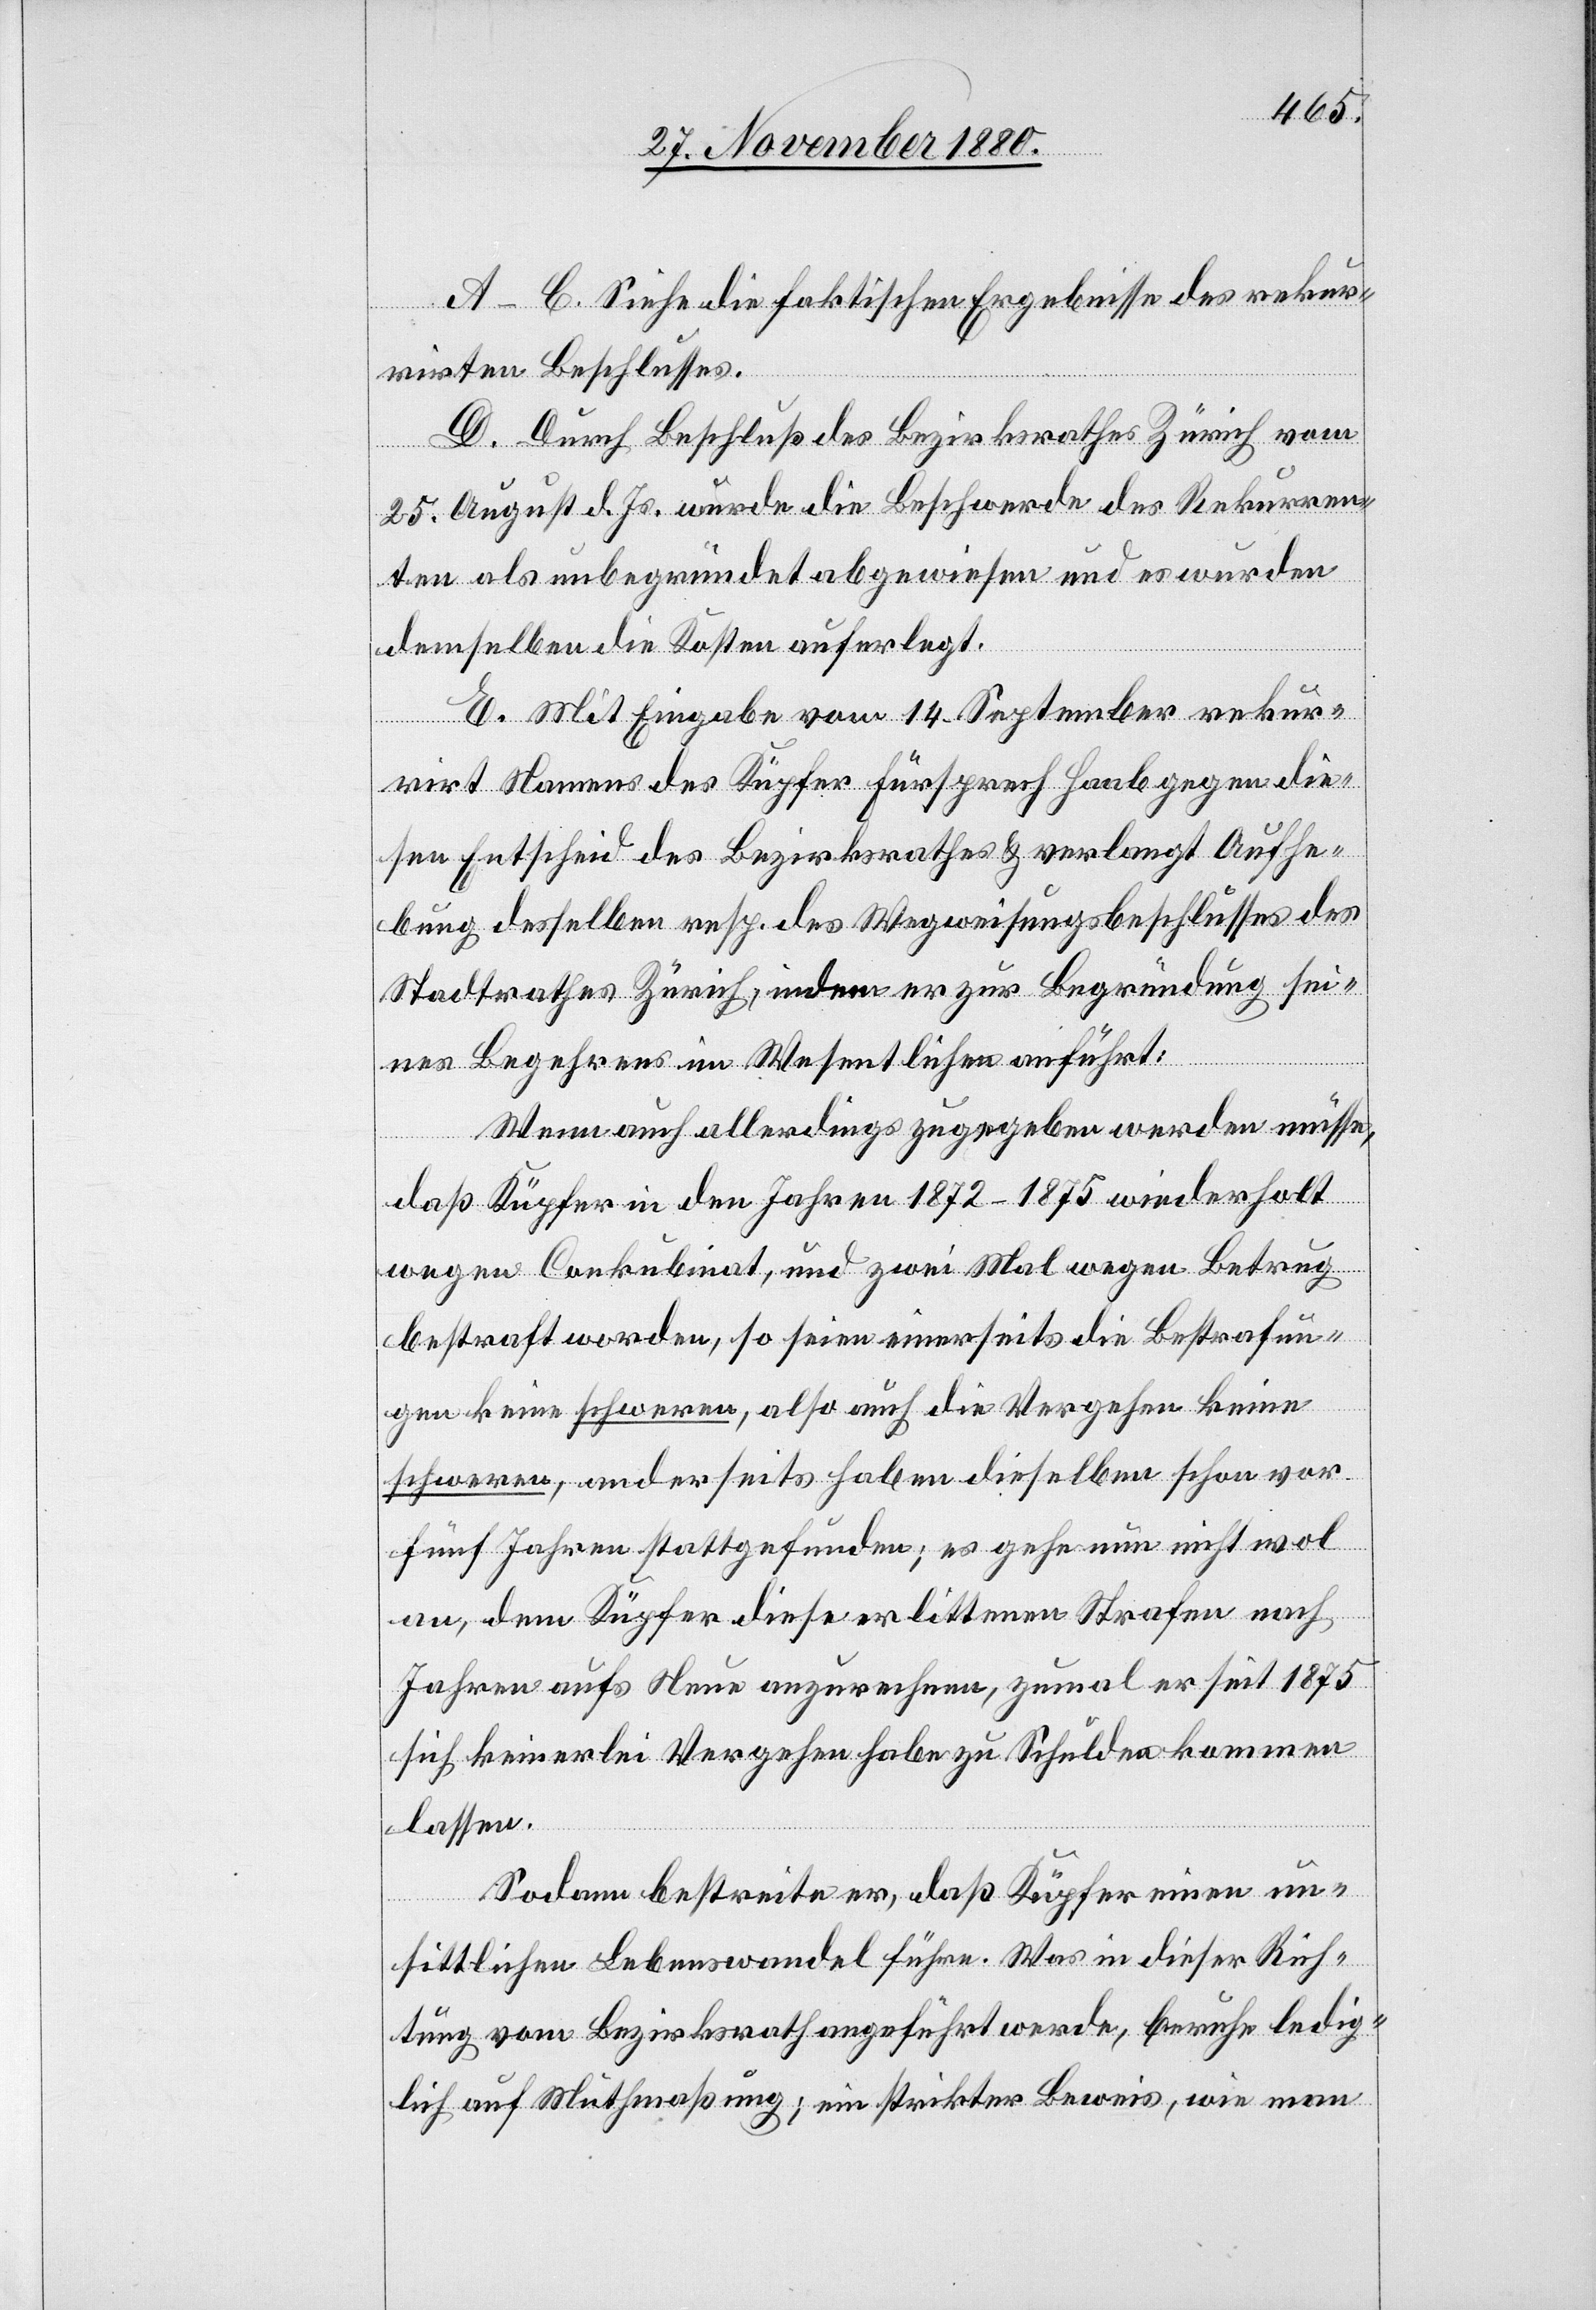
A.–C. Siehe die faktischen Ergebnisse des rekur¬
rirten Beschlusses.
D. Durch Beschluß des Bezirksrathes Zürich vom
25. August d. Js. wurde die Beschwerde des Rekurren¬
ten als unbegründet abgewiesen und es wurden
demselben die Kosten auferlegt.
E. Mit Eingabe vom 14. September rekur¬
rirt Namens des Küpfer Fürsprech Haab gegen die¬
sen Entscheid des Bezirksrathes & verlangt Aufhe¬
bung desselben resp. des Wegweisungsbeschlusses des
Stadtrathes Zürich, indem er zur Begründung sei¬
nes Begehrens im Wesentlichen anführt:
Wenn auch allerdings zugegeben werden müsse,
daß Küpfer in den Jahren 1872–1875 wiederholt
wegen Conkubinat, und zwei Mal wegen Betrug
bestraft worden, so seien einerseits die Bestrafun¬
gen keine schweren, also auch die Vergehen keine
schweren, anderseits haben dieselben schon vor
fünf Jahren stattgefunden; es gehe nun nicht wol
an, dem Küpfer diese erlittenen Strafen nach
Jahren aufs Neue anzurechnen, zumal er seit 1875
sich keinerlei Vergehen habe zu Schulden kommen
lassen.
Sodann bestreite er, daß Küpfer einen un¬
sittlichen Lebenswandel führe. Was in dieser Rich¬
tung vom Bezirksrath angeführt werde, beruhe ledig¬
lich auf Muthmaßung; ein strikter Beweis, wie man